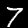
Label: 7